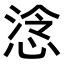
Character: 𢜅